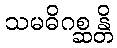
သမဓိဂစ္ဆန္တိ